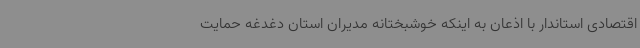
اقتصادی استاندار با اذعان به اینکه خوشبختانه مدیران استان دغدغه حمایت